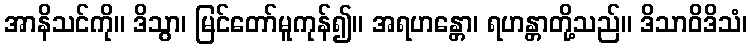
အာနိသင်ကို။ ဒိသွာ၊ မြင်တော်မူကုန်၍။ အရဟန္တော၊ ရဟန္တာတို့သည်။ ဒိသာဝိဒိသံ၊